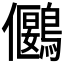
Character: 𪅬